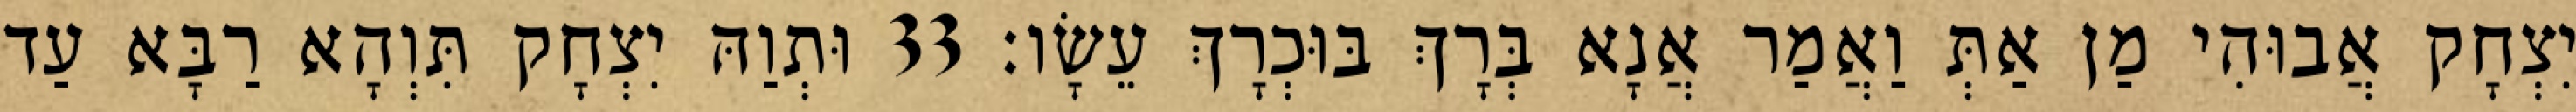
יִצְחָק אֲבוּהִי מַן אַתְּ וַאֲמַר אֲנָא בְּרָךְ בּוּכְרָךְ עֵשָׂו׃ 33 וּתְוַהּ יִצְחָק תִּוְהָא רַבָּא עַד